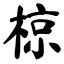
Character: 椋